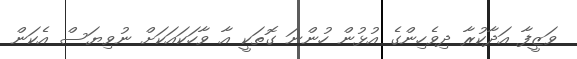
ވަޒީފާ އަދާކުރާ ދިވެހިންގެ އުޅުން ހުންނަ ގޮތަކީ އާ ވާހަކައަކަށް ނުވިޔަސް އެކަން